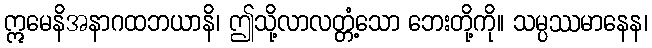
ဣမေနိအနာဂထဘယာနိ၊ ဤသို့လာလတ္တံ့သော ဘေးတို့ကို။ သမ္ပဿမာနေန၊